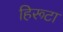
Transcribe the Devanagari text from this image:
हिरूटा